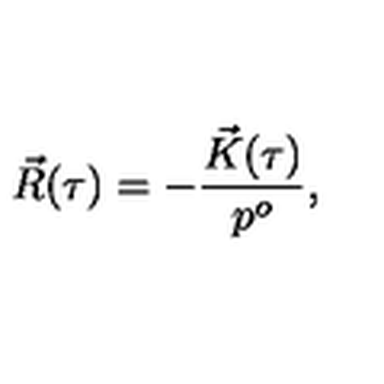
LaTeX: \vec { R } ( \tau ) = - \frac { \vec { K } ( \tau ) } { p ^ { o } } ,